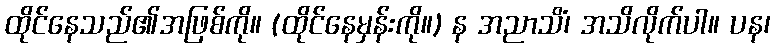
ထိုင်နေသည်၏အဖြစ်ကို။ (ထိုင်နေမှန်းကို။) န အညာသိံ၊ အသိလိုက်ပါ။ ပန၊